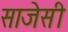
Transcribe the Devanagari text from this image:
साजेसी